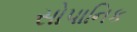
સોપાનિક